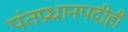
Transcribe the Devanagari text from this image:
पंतप्रधानपदीही